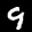
Label: 9